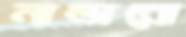
নাভারো